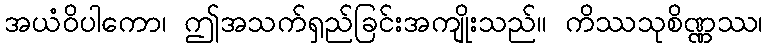
အယံဝိပါကော၊ ဤအသက်ရှည်ခြင်းအကျိုးသည်။ ကိဿသုစိဏ္ဏဿ၊